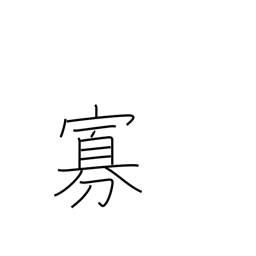
Meaning: minority